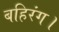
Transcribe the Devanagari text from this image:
बहिरंग।